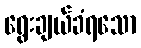
ရွေးချယ်ခံရသော